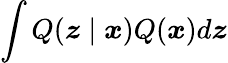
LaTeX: \int Q(\boldsymbol{z}\mid\boldsymbol{x})Q(\boldsymbol{x})d\boldsymbol{z}